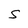
Character: S